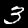
Label: 3